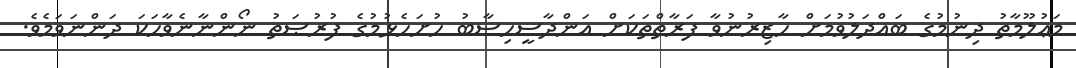
މަޢުލޫމާތު ދިނުމުގެ ބައްދަލުވުމަށް ހާޒިރުނުވާ ފަރާތްތަކަށް އަންދާސީހިސާބު ހުށަހެޅުމުގެ ފުރުޞަތު ނޯންނާނެވާހަކަ ދަންނަވަމެވެ.